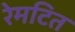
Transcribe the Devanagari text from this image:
रेमटित